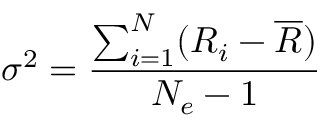
\sigma ^ { 2 } = \frac { \sum _ { i = 1 } ^ { N } ( R _ { i } - \overline { { R } } ) } { N _ { e } - 1 }